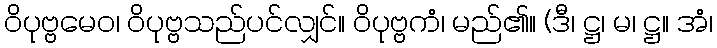
ဝိပုဗ္ဗမေဝ၊ ဝိပုဗ္ဗသည်ပင်လျှင်။ ဝိပုဗ္ဗကံ၊ မည်၏။ (ဒီ၊ ဋ္ဌ၊ မ၊ ဋ္ဌ။ အံ၊